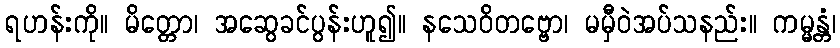
ရဟန်းကို။ မိတ္တော၊ အဆွေခင်ပွန်းဟူ၍။ နသေဝိတဗ္ဗော၊ မမှီဝဲအပ်သနည်း။ ကမ္မန္တံ၊